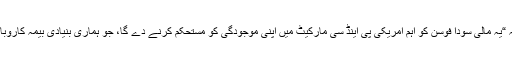
فوسن کے چیئرمین گو گوانگ چینگ نے کہا کہ “یہ مالی سودا فوسن کو اہم امریکی پی اینڈ سی مارکیٹ میں اپنی موجودگی کو مستحکم کرنے دے گا، جو ہماری بنیادی بیمہ کاروبار کو پھیلانے کی حکمت عملی کے مطابق ہے۔